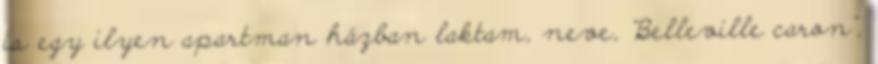
is egy ilyen apartman házban laktam, neve, "Belleville caron",